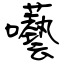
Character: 囈